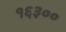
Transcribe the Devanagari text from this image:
१६३००